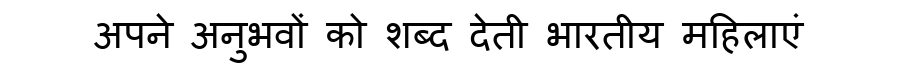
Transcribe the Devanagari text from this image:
अपने अनुभवों को शब्द देती भारतीय महिलाएं